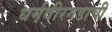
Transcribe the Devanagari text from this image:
धर्मवीरगडाची